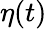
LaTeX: \mathbf{\eta}(t)